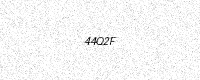
Text: 44Q2F